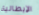
الإيطالية